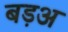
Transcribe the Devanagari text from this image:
बड़अ